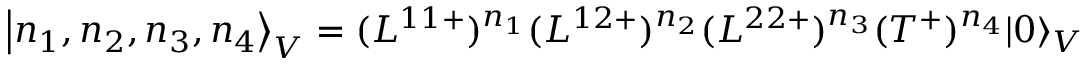
{ \left| n _ { 1 } , n _ { 2 } , n _ { 3 } , n _ { 4 } \right\rangle } _ { V } = ( L ^ { 1 1 + } ) ^ { n _ { 1 } } ( L ^ { 1 2 + } ) ^ { n _ { 2 } } ( L ^ { 2 2 + } ) ^ { n _ { 3 } } ( T ^ { + } ) ^ { n _ { 4 } } { | 0 \rangle } _ { V }